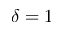
\delta = 1